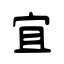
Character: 宜